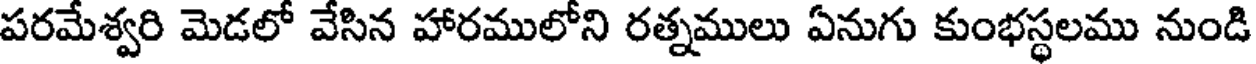
పరమేశ్వరి మెడలో వేసిన హారములోని రత్నములు ఏనుగు కుంభస్థలము నుండి